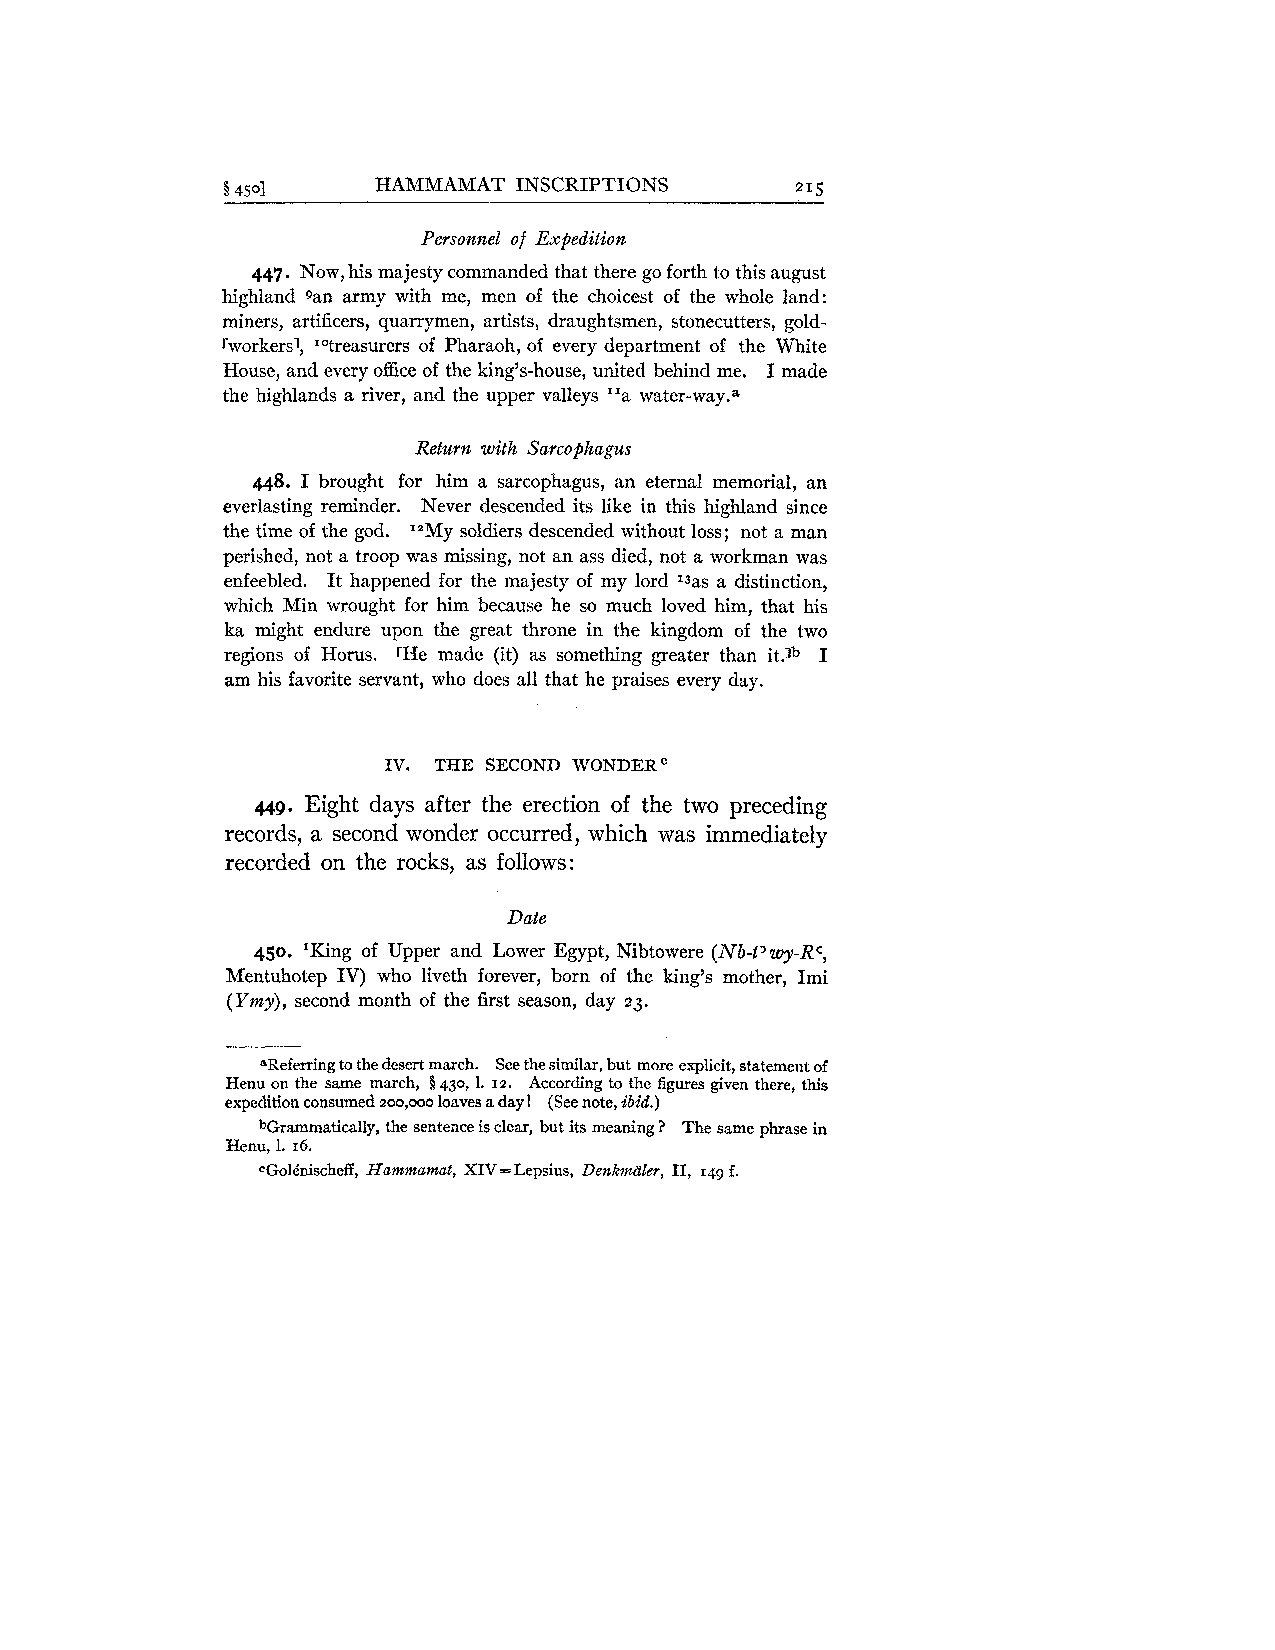
i 4501    HAMMAMAT INSCRIPTIONS       21 5
 Personnel of Expedition
 447. Now, his majesty commanded that there go forth to this august
 highland gan army with me, men of the choicest of the whole land:
 miners, artificers, quarrymen, artists, draughtsmen, stonecutters, gold-
 rworkersl, I0treasurers of Pharaoh, of every department of the White
 House, and every office of the king's-house, united behind me. I made
 the highlands a river, and the upper valleys ''a water-way.a
 Return with Sarcophagus
 448. I brought for him a sarcophagus, an eternal memorial, an
 everlasting reminder. Never descended its like in this highland since
 the time of the god. "My soldiers descended without loss; not a man
 perished, not a troop was missing, not an ass died, not a workman was
 enfeebled. It happened for the majesty of my lord I3as a distinction,
 which Min wrought for him because he so much loved him, that his
 ka might endure upon the great throne in the kingdom of the two
 regions of Horus. rHe made (it) as something greater than it.lb I
 am his favorite servant, who does all that he praises every day.
 IV. THE SECOND WONDERC
 449. Eight days after the erection of the two preceding
 records, a second wonder occurred, which was immediately
 recorded on the rocks, as follows:
 Date
 450. 'King of Upper and Lower Egypt, Nibtowere (Nb-t'wy-Rc,
 Mentuhotep IV) who liveth forever, born of the king's mother, Imi
 (Ymy), second month of the first season, day 23.
 'Refemng to the desert march. See the similar, but more explicit, statement of
 Henu on the same march, 5 430, 1. 12. According to the figures given there, this
 expedition consumed 200,000 loaves a day! (See note, ibid.)
 bGrammatically, the sentence is clear, but its meaning 7 The same phrase in
 Henu, 1. 16.
 cGol6nischeff, Hammamat, XIV=Lepsius, Denkm&leer, 11, 149 f.